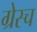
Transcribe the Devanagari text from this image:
ग्रेस्च